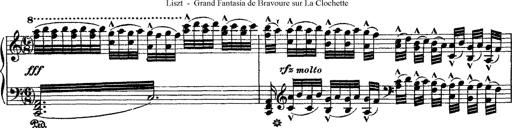
Title: Grande fantasie di bravura sur La clochette
Composer: Franz Liszt
Key: A minor